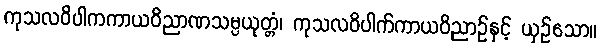
ကုသလဝိပါကကာယဝိညာဏသမ္ပယုတ္တံ၊ ကုသလဝိပါက်ကာယဝိညာဉ်နှင့် ယှဉ်သော။